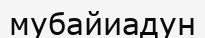
мубайиадун